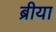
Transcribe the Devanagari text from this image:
ब्रीया